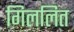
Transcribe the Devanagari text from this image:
गिललित